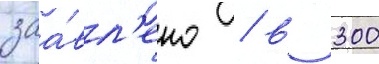
заа́вл'ено / в 300